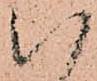
八